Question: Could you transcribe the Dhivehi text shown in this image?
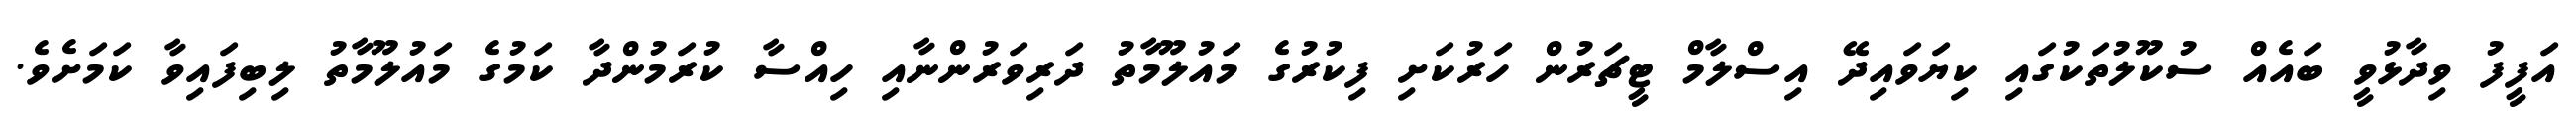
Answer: އަފީފު ވިދާޅުވީ ބައެއް ސުކޫލުތަކުގައި ކިޔަވައިދޭ އިސްލާމް ޓީޗަރުން ހަރުކަށި ފިކުރުގެ މައުލޫމާތު ދަރިވަރުންނާއި ހިއްސާ ކުރަމުންދާ ކަމުގެ މައުލޫމާތު ލިބިފައިވާ ކަމަށެވެ.